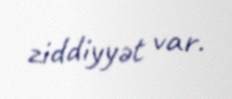
ziddiyyət var.